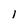
Character: l